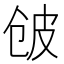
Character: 𱎲